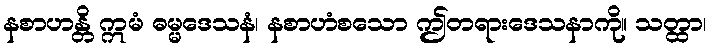
နစာဟန္တိ ဣမံ ဓမ္မဒေသနံ၊ နစာဟံစသော ဤတရားဒေသနာကို။ သတ္ထာ၊